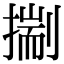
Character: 𢳐